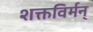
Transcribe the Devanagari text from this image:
शक्तविर्मन्